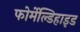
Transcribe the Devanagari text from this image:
फोर्मेल्डिहाइड